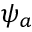
\psi _ { a }